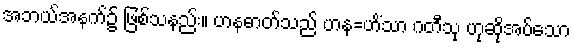
အဘယ်အနက်၌ ဖြစ်သနည်း။ ဟနဓာတ်သည် ဟန=ဟိံသာ ဂတီသု ဟုဆိုအပ်သော